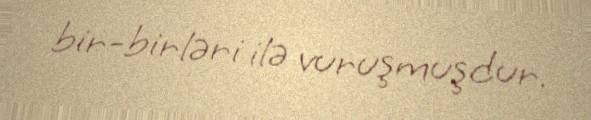
bir-birləri ilə vuruşmuşdur.